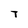
Character: T